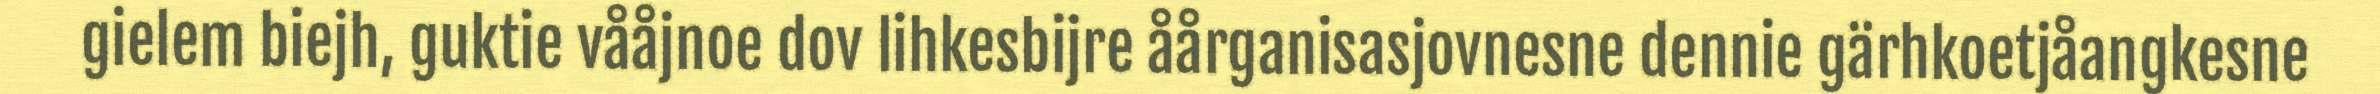
gielem biejh, guktie vååjnoe dov lihkesbijre åårganisasjovnesne dennie gärhkoetjåangkesne